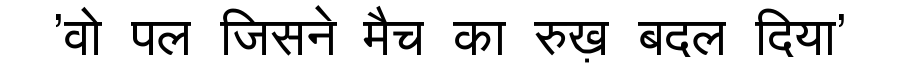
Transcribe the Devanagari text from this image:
'वो पल जिसने मैच का रुख़ बदल दिया'